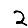
Digit: 2